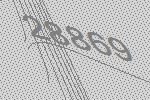
28869